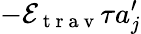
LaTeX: -\mathcal{E}_{\mathrm{~t~r~a~v~}}\tau a_{j}^{\prime}